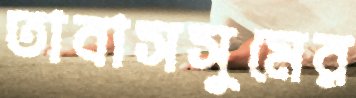
তাবাসসুমের